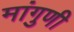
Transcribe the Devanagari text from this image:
मांगुणी